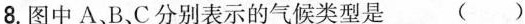
8.图中A、B、C分别表示的气候类型是 ( )